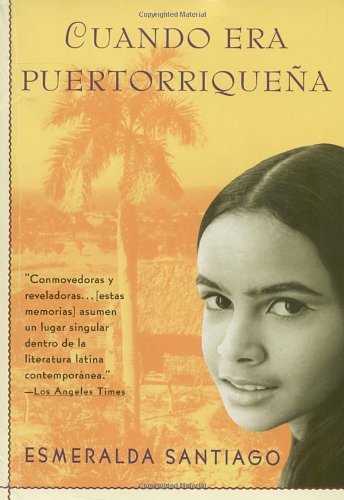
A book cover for Cuando Era PuertorriqueÃ±a (Spanish Edition); Esmeralda Santiago; Biographies & Memoirs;